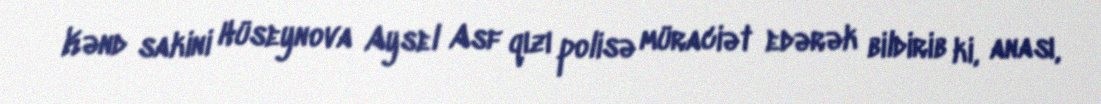
Kənd sakini Hüseynova Aysel Asf qızı polisə müraciət edərək bildirib ki, anası,